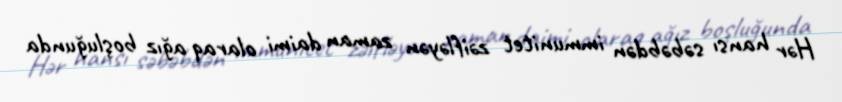
Hər hansı səbəbdən immunitet zəifləyən zaman daimi olaraq ağız boşluğunda